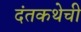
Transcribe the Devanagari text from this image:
दंतकथेची